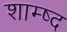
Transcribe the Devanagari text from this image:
शाम्ष्द